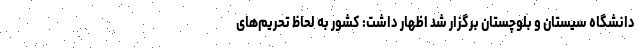
دانشگاه سیستان و بلوچستان برگزار شد اظهار داشت: کشور به لحاظ تحریم‌های